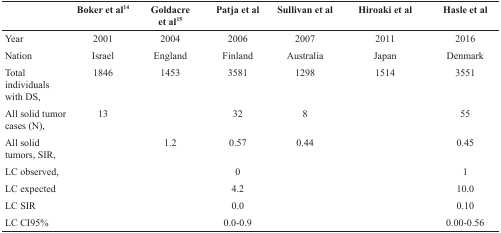
<table><thead><tr><td></td><td><b>Boker et al<sup>14</sup></b></td><td><b>Goldacreet al<sup>15</sup></b></td><td><b>Patja et al</b></td><td><b>Sullivan et al</b></td><td><b>Hiroaki et al</b></td><td><b>Hasle et al</b></td></tr></thead><tbody><tr><td>Year</td><td>2001</td><td>2004</td><td>2006</td><td>2007</td><td>2011</td><td>2016</td></tr><tr><td>Nation</td><td>Israel</td><td>England</td><td>Finland</td><td>Australia</td><td>Japan</td><td>Denmark</td></tr><tr><td>Total individuals with DS</td><td>1846</td><td>1453</td><td>3581</td><td>1298</td><td>1514</td><td>3551</td></tr><tr><td>All solid tumor cases (N)</td><td>13</td><td></td><td>32</td><td>8</td><td></td><td>55</td></tr><tr><td>All solid tumors, SIR</td><td></td><td>1.2</td><td>0.57</td><td>0.44</td><td></td><td>0.45</td></tr><tr><td>LC observed</td><td></td><td></td><td>0</td><td></td><td></td><td>1</td></tr><tr><td>LC expected</td><td></td><td></td><td>4.2</td><td></td><td></td><td>10.0</td></tr><tr><td>LC SIR</td><td></td><td></td><td>0.0</td><td></td><td></td><td>0.10</td></tr><tr><td>LC CI95%</td><td></td><td></td><td>0.0-0.9</td><td></td><td></td><td>0.00-0.56</td></tr></tbody></table>